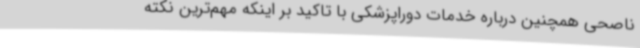
ناصحی همچنین درباره خدمات دوراپزشکی با تاکید بر اینکه مهم‌ترین نکته